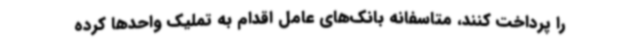
را پرداخت کنند، متاسفانه بانک‌های عامل اقدام به تملیک واحدها کرده